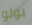
بولو